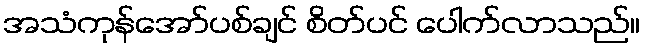
အသံကုန်အော်ပစ်ချင် စိတ်ပင် ပေါက်လာသည်။